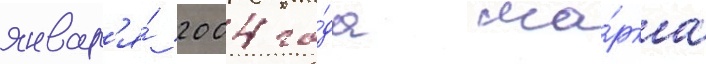
январ'я́ 2004 го́да ма́рка